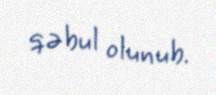
qəbul olunub.